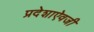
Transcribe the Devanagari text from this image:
प्रदेशाऐवजी